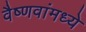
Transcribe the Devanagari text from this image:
वैष्णवांमध्ये